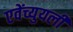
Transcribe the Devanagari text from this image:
एवेंच्युयली